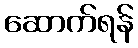
ဆောက်ရန်